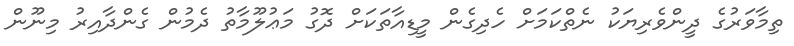
ތިމާވަރުގެ ދީންވެރިޔަކު ނެތްކަމަށް ހެދިގެން މީޑިއާތަކަށް ދޮގު މަޢުލޫމާތު ދެމުން ގެންދާއިރު މިނޫން